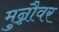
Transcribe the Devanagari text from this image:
मुन्नौवर